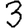
Digit: 3